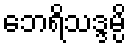
ဘေရိသဒ္ဒမ္ပိ